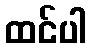
ထင်ပါ